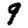
Digit: 9